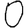
Digit: 0